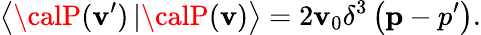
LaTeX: \left<{\calP}(\mathbf{v}^{\prime})\left|\right.{\calP}(\mathbf{v})\right>=2\mathbf{v}_{0}\delta^{3}\left({\mathbf{p}-p^{\prime}}\right).